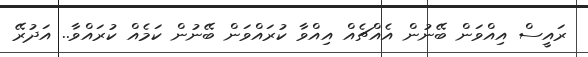
ރައީސް އިއްވަން ބޭނުން އެއްޗެއް އިއްވާ ކުރައްވަން ބޭނުން ކަމެއް ކުރައްވާ.. އަދުރޭ